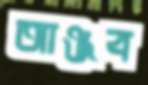
আঞ্জব